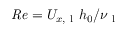
\mathit { R e } = U _ { x , \mathrm { ~ l ~ } } h _ { 0 } / \nu _ { \mathrm { ~ l ~ } }